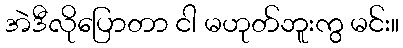
အဲဒီလိုပြောတာ ငါ မဟုတ်ဘူးကွ မင်း။